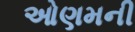
ઓણમની